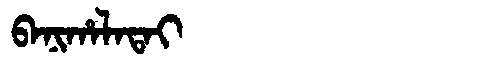
Manchu: ᠪᠠᠨᡳᡥᠠᠯᠠᡨᠠᡳ
Romanization: BANIHALATAI